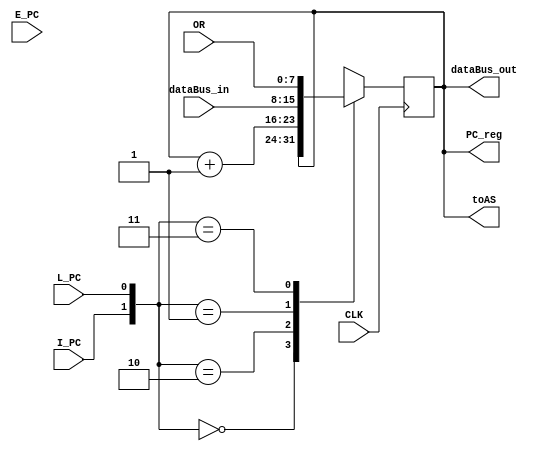
module ProgramCounter(
    input				E_PC,I_PC,L_PC,
    input				CLK,
    input       [7:0]   OR,
    input		[7:0]	dataBus_in,
    output      [7:0]   dataBus_out,
    output      [7:0]   toAS,
    output    reg  [7:0]   PC_reg
);

wire	[7:0]	PC_in_Bus;
wire	[7:0]	PC_out_Bus;
//output reg		[15:0]	PC_reg;			// = [PC]  
//reg     [7:0]   tempReg;                      
initial
PC_reg = 8'h0000;

assign dataBus_out = PC_out_Bus;
assign  PC_in_Bus = dataBus_in;
assign toAS = PC_reg;


initial
begin 
	PC_reg = 8'h00;
end

assign PC_out_Bus = PC_reg;
// PC_out_Bus = [PC] if E_PC = 1 and not driven by PC if E_PC = 0

always@(posedge CLK)
begin
	case({I_PC,L_PC})
	2'b00:	PC_reg <= PC_reg;
	2'b10:	PC_reg <= PC_reg+1;
	2'b01:	PC_reg <= PC_in_Bus;
	2'b11:	PC_reg <= OR;//PC_reg + PC_in_Bus; 
	endcase
end                                         
/*always@(posedge CLK) begin
PC_reg = tempReg;
end*/
endmodule